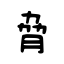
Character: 脅